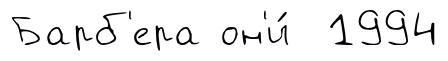
Барб'ера он'и́ 1994